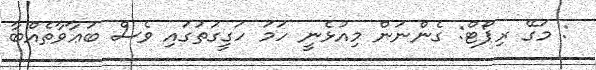
: މަގޭ ރިޕޯޓް: ގެންނަން މިއުޅެނީ ހަމަ ހަގީގަތުގައި ވެސް ބަޢާވާތެއްބާ